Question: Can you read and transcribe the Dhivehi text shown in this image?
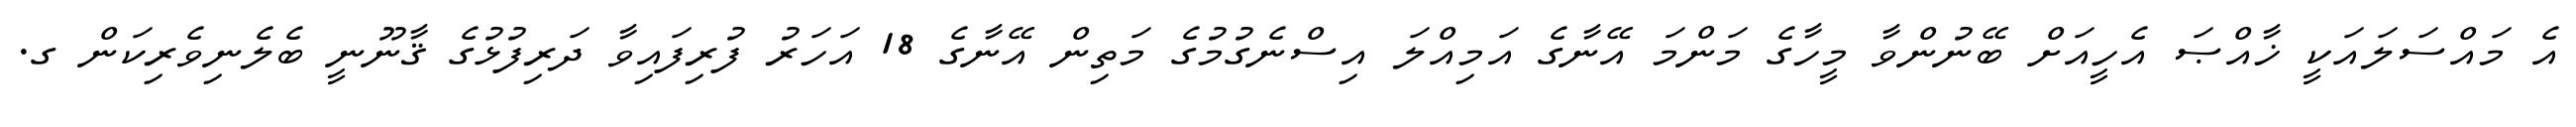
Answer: އެ މައްސަލައަކީ ޚާއްޞަ އެހީއަށް ބޭނުންވާ މީހާގެ މަންމަ އޭނާގެ އަމިއްލަ އިސްނެގުމުގެ މަތިން އޭނާގެ 18 އަހަރު ފުރިފައިވާ ދަރިފުޅުގެ ޤާނޫނީ ބެލެނިވެރިކަން ގ.